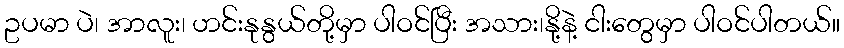
ဥပမာ ပဲ၊ အာလူး၊ ဟင်းနုနွယ်တို့မှာ ပါဝင်ပြီး အသား၊နို့နဲ့ ငါးတွေမှာ ပါဝင်ပါတယ်။